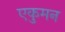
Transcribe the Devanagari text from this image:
एकुमन